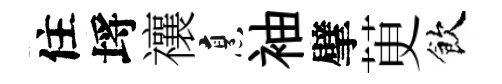
住埓禳烹袖擘茰飲